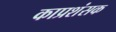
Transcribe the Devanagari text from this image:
काप्रशंसक